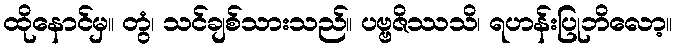
ထိုနောင်မှ။ တွံ၊ သင်ချစ်သားသည်။ ပဗ္ဗဇိဿသိ၊ ရဟန်းပြုဘိလော့။